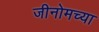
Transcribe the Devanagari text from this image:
जीनोमच्या